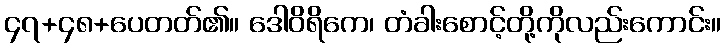
၄၇+၄၈+ပေတတ်၏။ ဒေါဝိရိကေ၊ တံခါးစောင့်တို့ကိုလည်းကောင်း။